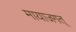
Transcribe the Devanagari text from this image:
मायाजगत्